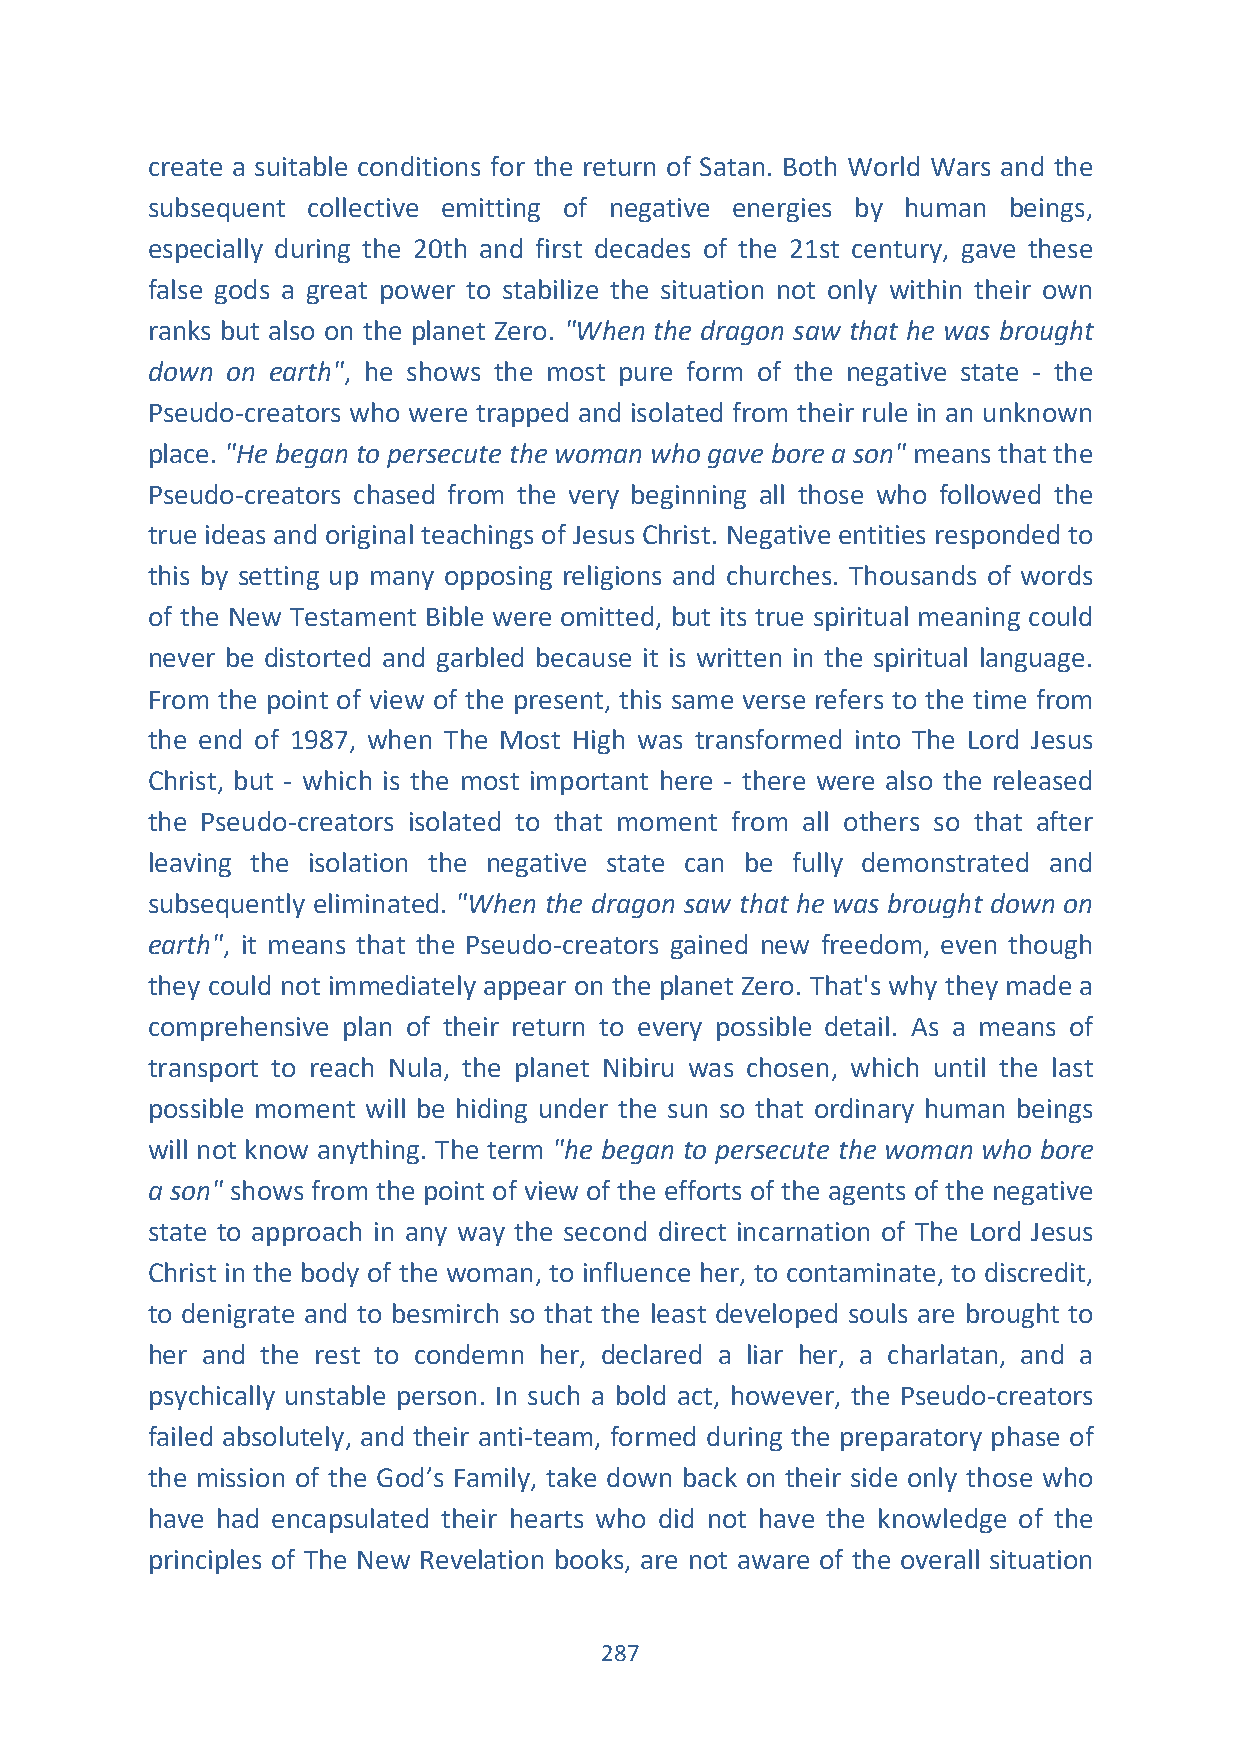
create a suitable conditions for the return of Satan. Both World Wars and the
 subsequent collective emitting of negative energies by human beings,
 especially during the 20th and first decades of the 21st century, gave these
 false gods a great power to stabilize the situation not only within their own
 ranks but also on the planet Zero. "When the dragon saw that he was brought
 down on earth", he shows the most pure form of the negative state - the
 Pseudo-creators who were trapped and isolated from their rule in an unknown
 place. "He began to persecute the woman who gave bore a son" means that the
 Pseudo-creators chased from the very beginning all those who followed the
 true ideas and original teachings of Jesus Christ. Negative entities responded to
 this by setting up many opposing religions and churches. Thousands of words
 of the New Testament Bible were omitted, but its true spiritual meaning could
 never be distorted and garbled because it is written in the spiritual language.
 From the point of view of the present, this same verse refers to the time from
 the end of 1987, when The Most High was transformed into The Lord Jesus
 Christ, but - which is the most important here - there were also the released
 the Pseudo-creators isolated to that moment from all others so that after
 leaving the isolation the negative state can be fully demonstrated and
 subsequently eliminated. "When the dragon saw that he was brought down on
 earth", it means that the Pseudo-creators gained new freedom, even though
 they could not immediately appear on the planet Zero. That's why they made a
 comprehensive plan of their return to every possible detail. As a means of
 transport to reach Nula, the planet Nibiru was chosen, which until the last
 possible moment will be hiding under the sun so that ordinary human beings
 will not know anything. The term "he began to persecute the woman who bore
 a son" shows from the point of view of the efforts of the agents of the negative
 state to approach in any way the second direct incarnation of The Lord Jesus
 Christ in the body of the woman, to influence her, to contaminate, to discredit,
 to denigrate and to besmirch so that the least developed souls are brought to
 her and the rest to condemn her, declared a liar her, a charlatan, and a
 psychically unstable person. In such a bold act, however, the Pseudo-creators
 failed absolutely, and their anti-team, formed during the preparatory phase of
 the mission of the God’s Family, take down back on their side only those who
 have had encapsulated their hearts who did not have the knowledge of the
 principles of The New Revelation books, are not aware of the overall situation
 287